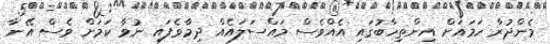
މެންދުރާ ހަމައަށް އިންތިހާބުގައި އެއްވެސް މައްސަލައެއް ދިމާވެފައި ނުވާ ކަމަށް ވެސް އޭނާ